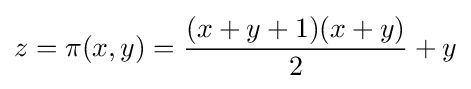
z=\pi (x,y)={\frac {(x+y+1)(x+y)}{2}}+y